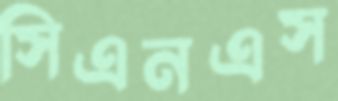
সিএনএস